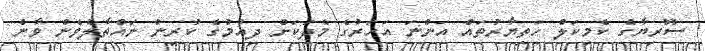
ސޫރިޔާގެ ކެމިކަލް ހަތިޔާރުތައް އަންނަ އަހަރުގެ މެދަކަށް ދިއުމުގެ ކުރިން ނައްތާލެވެން ވާނެ